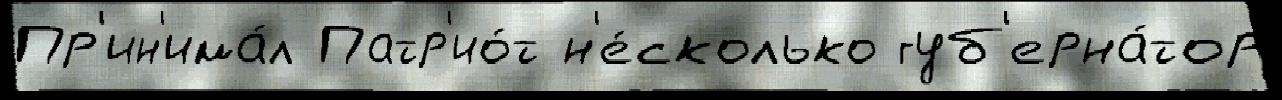
Пр'ин'има́л Патр'ио́т н'е́сколько губ'ерна́тор